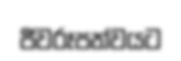
ජීවරූපත්වයට